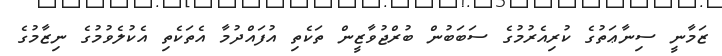
ޒަމާނީ ސިނާޢަތުގެ ކުރިއެރުމުގެ ސަބަބުން ބުރްޖުވާޒީން ތަކެތި އުފައްދުމާ އެތަކެތި އެކުލެވުމުގެ ނިޒާމުގެ